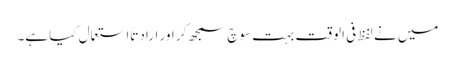
میں نے لفظ فی الوقت بہت سوچ سمجھ کر اور ارادتاً استعمال کیا ہے۔